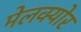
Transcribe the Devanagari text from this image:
मेलक्योर